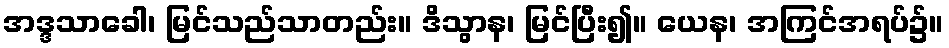
အဒ္ဒသာခေါ၊ မြင်သည်သာတည်း။ ဒိသွာန၊ မြင်ပြီး၍။ ယေန၊ အကြင်အရပ်၌။